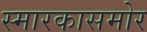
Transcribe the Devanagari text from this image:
स्मारकासमोर